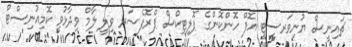
ޗައިނީސް ޔުނިވަރސިޓީ އޮފް ހޮންކޮންގެ ޕޮލިޓިކްސް ޕްރޮފެސަރ ވިލީ ލާމް ވިދާޅުވީ ކޮމިއުނިސްޓް